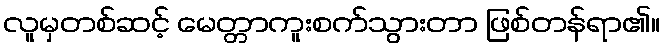
လူမှတစ်ဆင့် မေတ္တာကူးစက်သွားတာ ဖြစ်တန်ရာ၏။